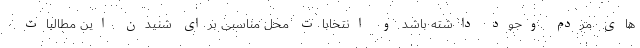
های مردم وجود داشته باشد و انتخابات محل مناسبی برای شنیدن این مطالبات